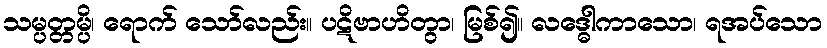
သမ္ပတ္တမ္ပိ၊ ရောက် သော်လည်း။ ပဋိဗာဟိတွာ၊ မြစ်၍။ လဒ္ဓေါကာသော၊ ရအပ်သော